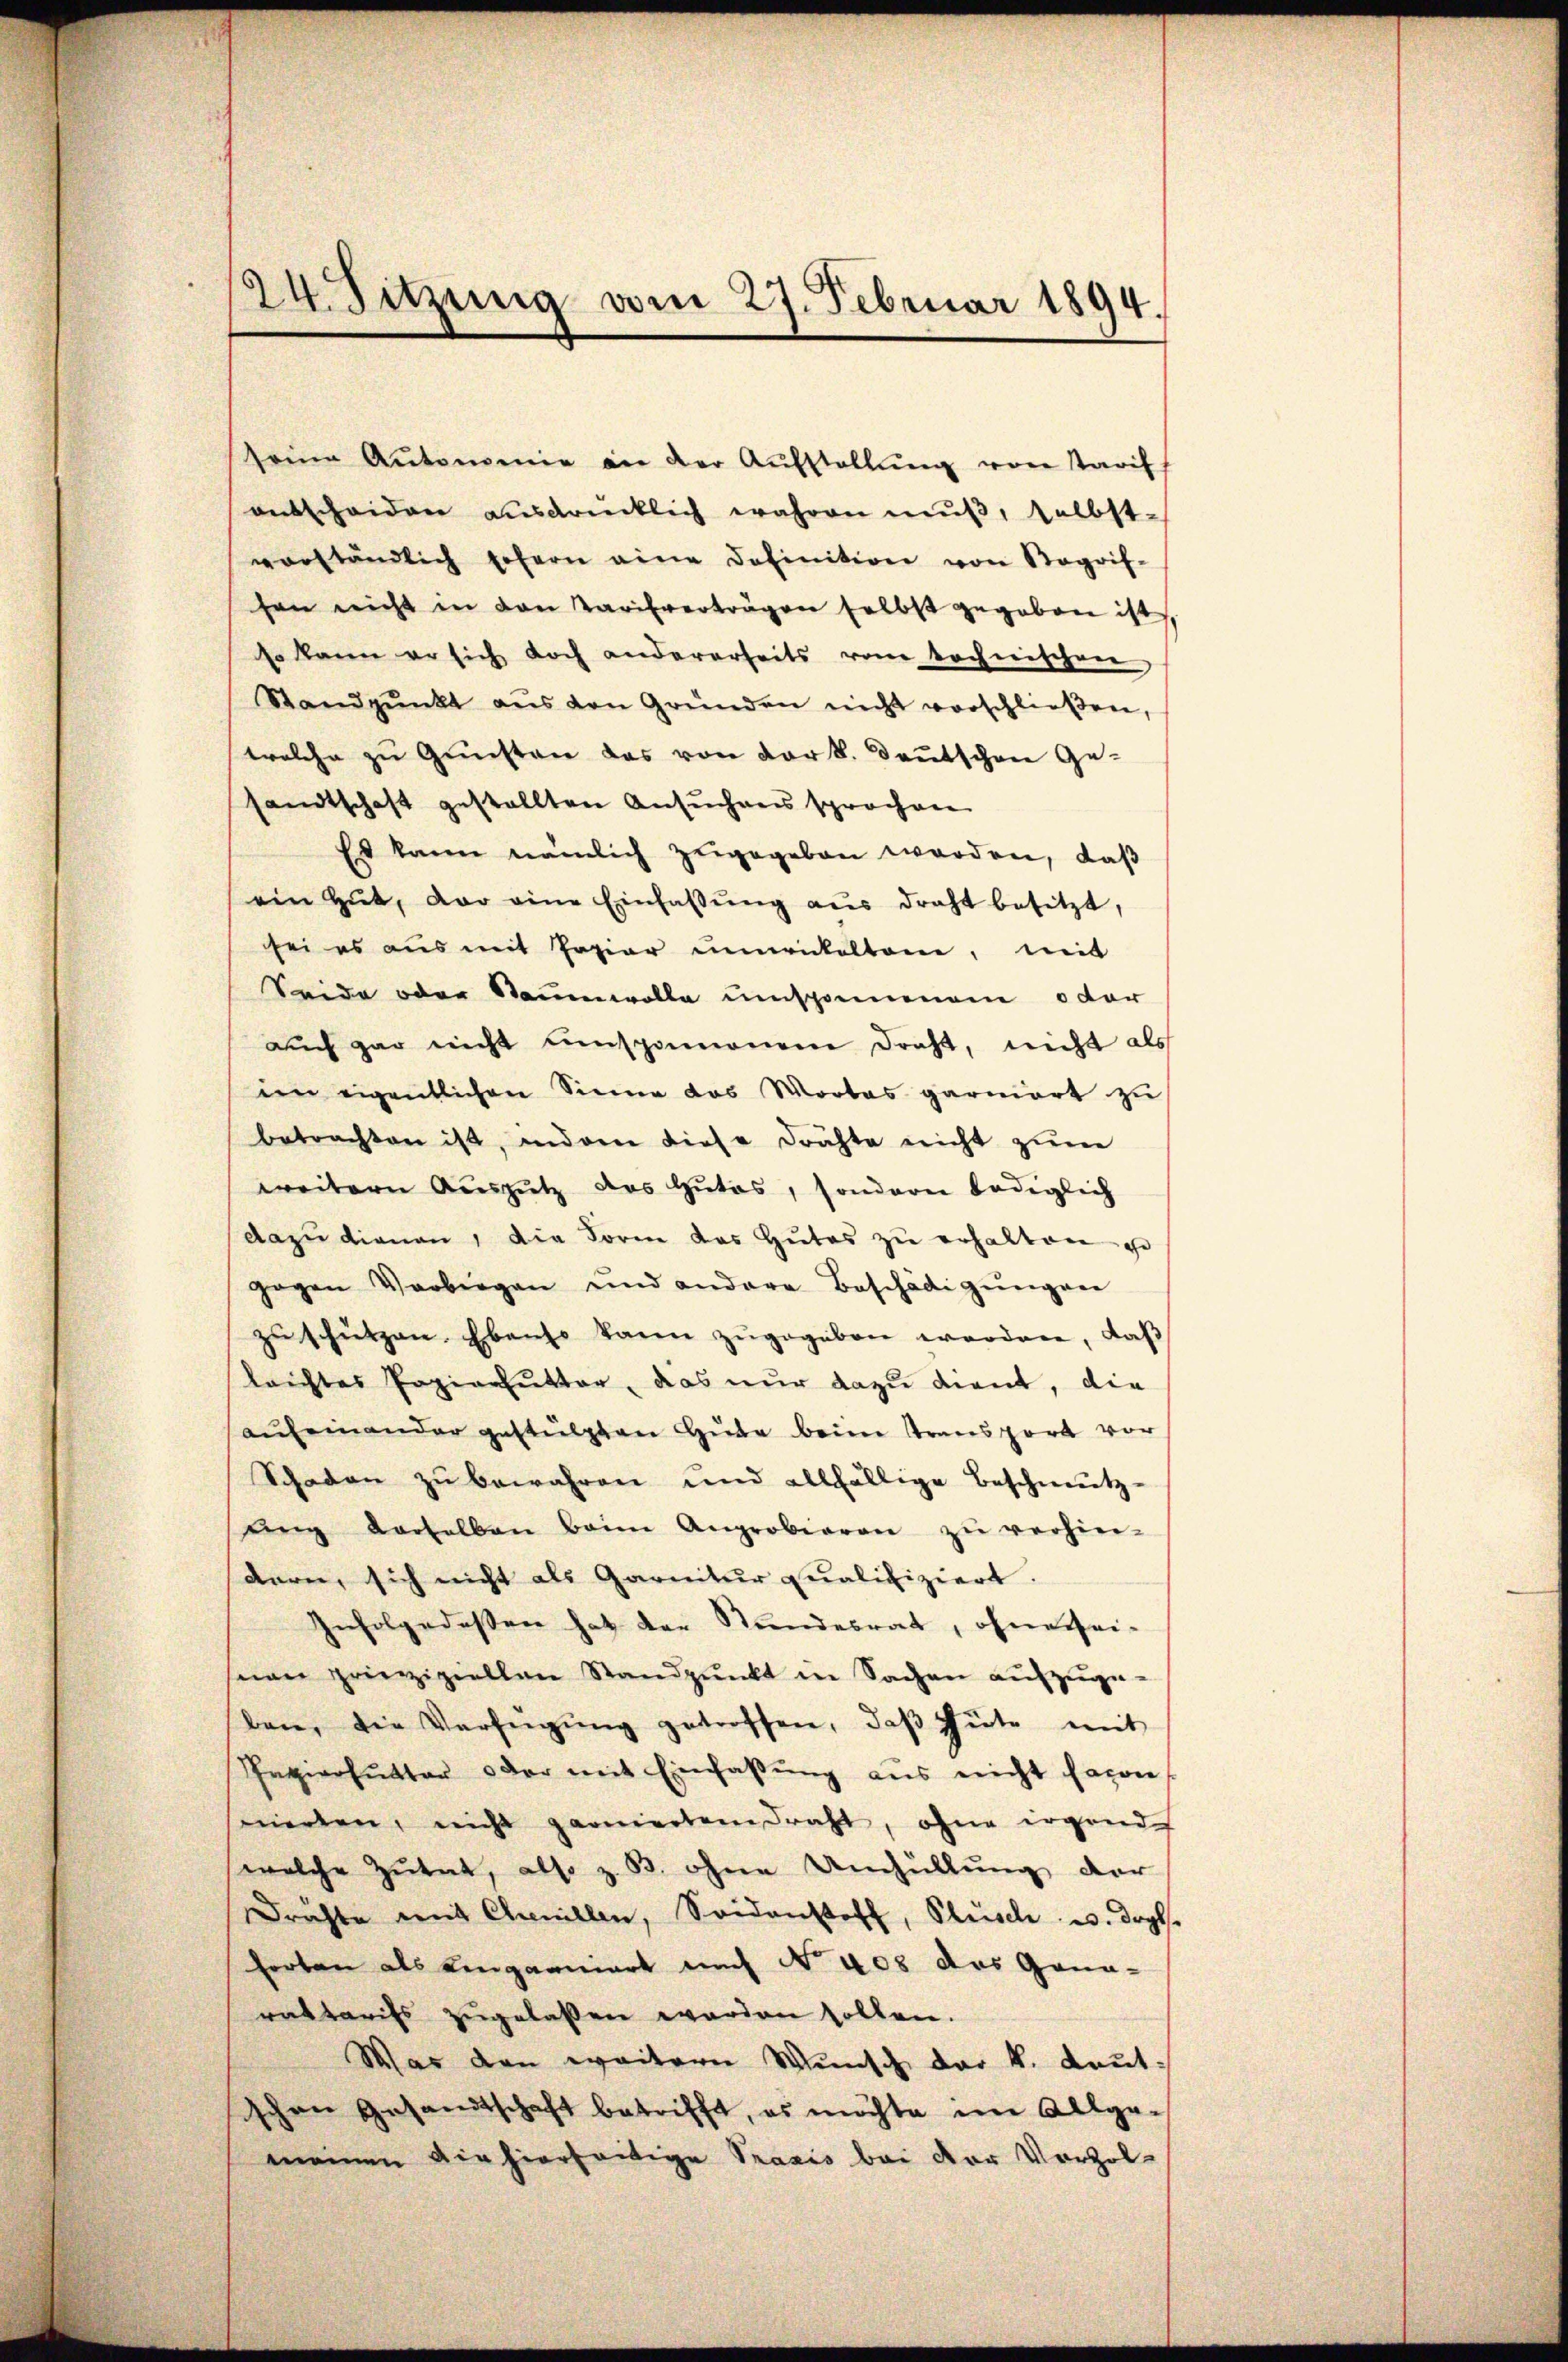
24. Sitzung vom 27. Februar 1894.

seine Autonomie an der Aŭfstellŭng von Tarif
entscheiden ausdrücklich wahren muß, selbst-
vorständlich sofern eine Definition von Begrif-
hen nicht in den Tarifverträgen selbst gegeben ist,
so kann er sich doch andererseits vom tochnischen,
Standpŭnkt aŭs den Gründen nicht vorschlieβen,
welche zu Gunsten das von der k. Deutschen Ge-
sandtschaft gestellten Ansuchens sprochen
Es kann nämlich zugegeben worden, daß
ein Gut, der eine Einfassŭng aus draht besitzt,
sei es aus mit Papier innickelten, mit
Seide oder Naumwolle umspannenem oder
auch gar nicht umspannenem Draht, nicht als
im eigentlichen Sinne das Wortes garniert zu
betrachten ist, indem diese drähte nicht zum
weitern Auszutz des Gutes, sondern lediglich
dazu dienen, die Form das Gutes zu erhalten e
gegen Verbiegen und andere Beschädigŭngen
zu schützen. Ebenso kann zugegeben worden, daß
leichtes Papierhutter, das nur dazu dient, die
aufeinander gestützten Hude beim Transport vor
Schaden zŭ bewahren und allfällige Beschmutz-
ŭng derselben beim Anprobieren zŭ verhin-
dern, sich nicht als Garnitur qualifiziert.
Infolgedessen hat der Stundesrat, ohnerseinon prinzipiellen Standpunkt in Sachen aufzugeben, die Verfügŭng getroffen, daβ Güte mit
Papierfutter oder mit Einfassŭng aŭs nicht davon
mierten, nicht garniertem Draht, ohne irgend
welche Zutat, also z. B. ohne Umhüllung der
drichte mit Chenillen, Seidenstoff, Plüsche u. drgl.
forten als Lengarniert nach No 405 das Gana-
rattarifs zugelassen worden sollen.
Was den weitern Wunsch der k. Laut
schen Gesandtschaft betrifft, es möchte im Allge-
meinen die hierseitige Praxis bei der Vorzol-